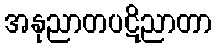
အနုညာတပဋိညာတာ